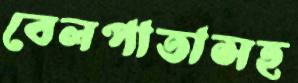
বেলপাতাসহ